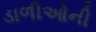
ડાળીઓની